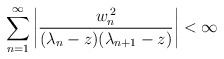
\begin{align*}\sum_{n=1}^{\infty}\left|\frac{w_{n}^{\,2}}{(\lambda_{n}-z)(\lambda_{n+1}-z)}\right|<\infty\end{align*}